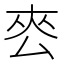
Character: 𭆜